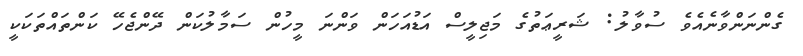
ގެންނަންވާނެއެވެ ސުވާލު: ޝަރީޢަތުގެ މަޖިލީސް އަޑުއަހަން ވަންނަ މީހުން ސަމާލުކަން ދޭންޖެހޭ ކަންތައްތަކަކީ